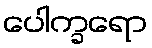
ပေါက္ခရော